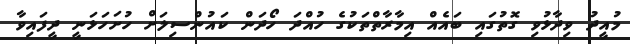
މުއީދު ވިދާޅުވި ގޮތުގައި ބައެއް އިމާރާތްތަކުގެ ހުއްދަ ހޯދަން ކައުންސިލަށް ހުށަހަޅަނީ ދީފައިވާ